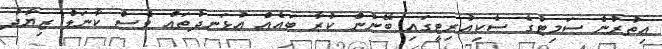
އިތުރުން ސަމިޓުގެ ސެކިއުރިޓީގައި ބޭނުން ކުރާ ބައެއް އުޅަނދުތައް ވެސް ކާނަލް ޒިޔާދު